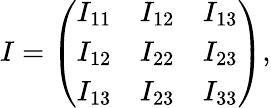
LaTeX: \begin{array}{r}{I=\left(\begin{array}{ccc}{I_{11}}&{I_{12}}&{I_{13}}\\ {I_{12}}&{I_{22}}&{I_{23}}\\ {I_{13}}&{I_{23}}&{I_{33}}\end{array}\right),}\end{array}